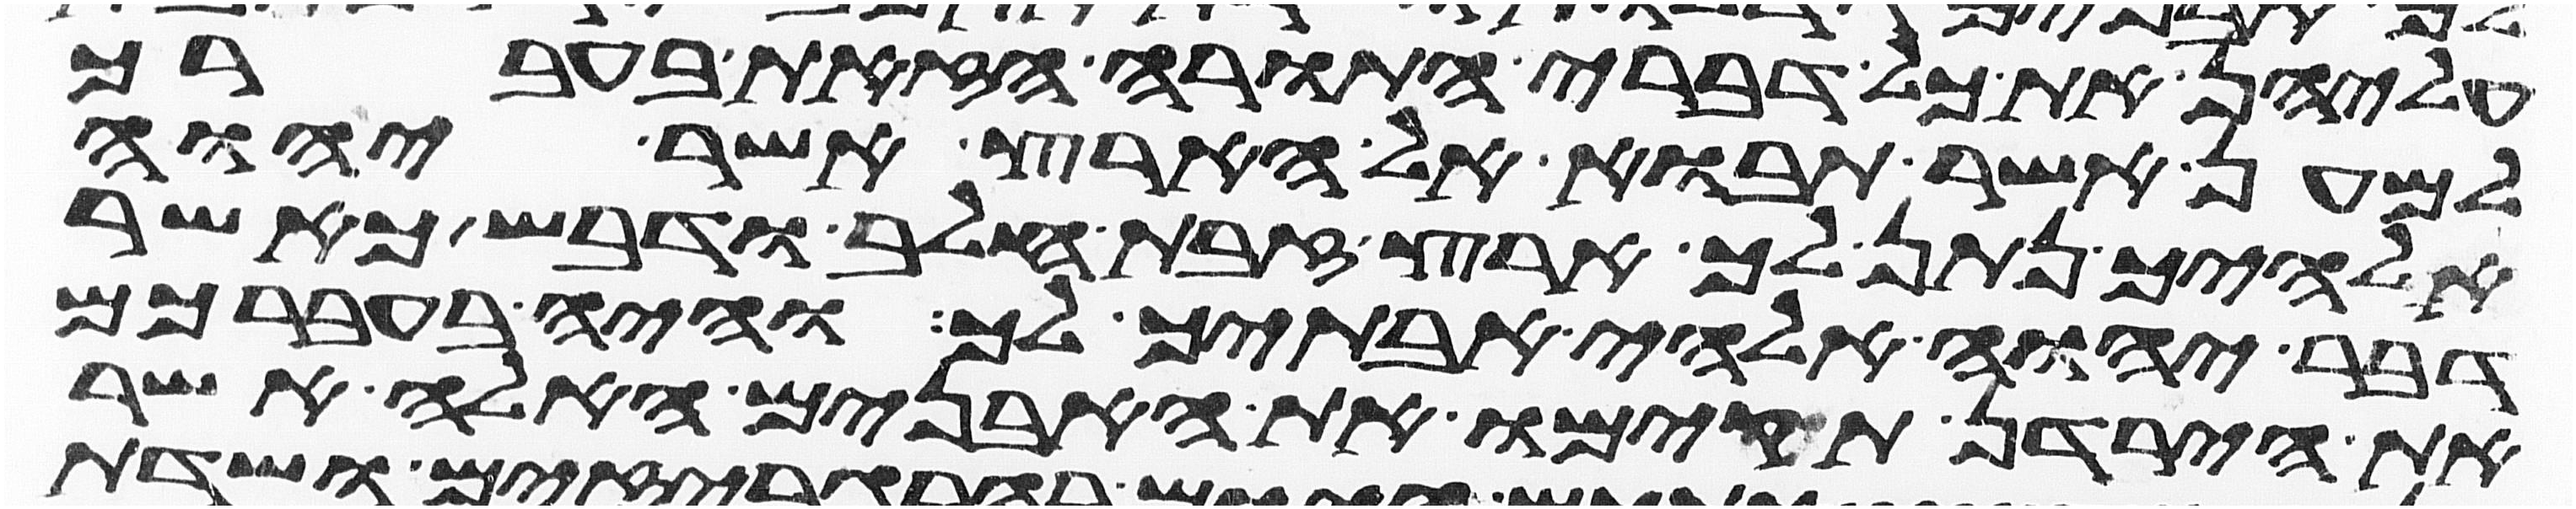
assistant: עליהן את כל דברי התורה הזאת בעברך
למען אשר תבוא אל הארץ אשר יהוה
אלהיך נתן לך ארץ זבת חלב ודבש כאשר
דבר יהוה אלהי אבתיך לך והיה בעברכם
את הירדן תקימו את האבנים האלה אשר